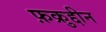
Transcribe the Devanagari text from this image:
फ़क्रुद्दीन